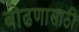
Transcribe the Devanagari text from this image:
बोढणासाठी